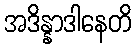
အဒိန္နာဒါနေတိ